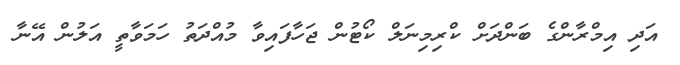
އަދި އިމްރާންގެ ބަންދަށް ކްރިމިނަލް ކޯޓުން ޖަހާފައިވާ މުއްދަތު ހަމަވާތީ އަލުން އޭނާ